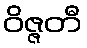
ဝိဇ္ဇတီ